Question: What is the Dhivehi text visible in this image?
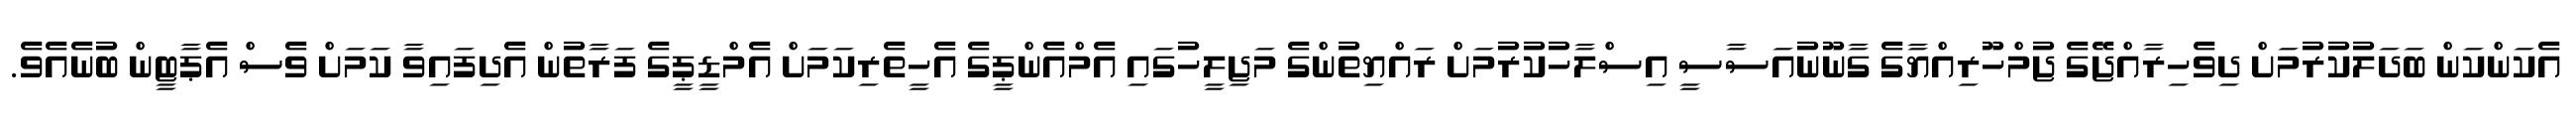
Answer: އެކަންކަން ބަދަލުކުރުމަށް ދިވެހިރާއްޖޭގެ ޖުމްހޫރިއްޔާގެ ގާނޫނުއަސާސީ އިސްލާހުކުރުމަށް ރައްޔިތުންގެ މަޖިލީހުގައި އެމްއެންޕީގެ އެހީތެރިކަމަށް އެމްޑީޕީގެ ފަރާތުން އެދިފައިވާ ކަމަށް ވެސް އެޕާޓީން ބުނެއެވެ.